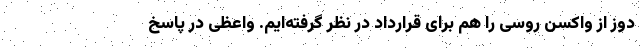
دوز از واکسن روسی را هم برای قرارداد در نظر گرفته‌ایم. واعظی در پاسخ